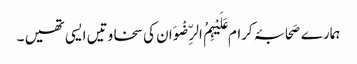
ہمارے صَحابۂ کرام عَلَیْہِمُ الرِّضْوَان کی سخاوتیں ایسی تھیں ۔